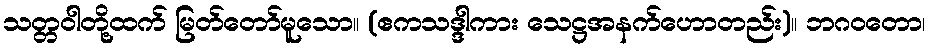
သတ္တဝါတို့ထက် မြတ်တော်မူသော။ (ဧကသဒ္ဒါကား သေဋ္ဌအနက်ဟောတည်း)။ ဘဂဝတော၊